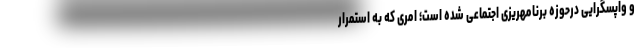
و واپسگرایی درحوزه برنامهریزی اجتماعی شده است؛ امری که به استمرار